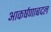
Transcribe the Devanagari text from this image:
आकर्षणाबद्दल